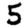
Digit: 5